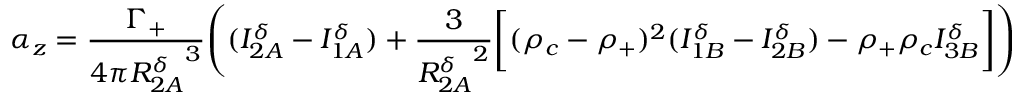
\alpha _ { z } = \frac { \Gamma _ { + } } { 4 \pi { R _ { 2 A } ^ { \delta } } ^ { 3 } } \Bigg ( ( I _ { 2 A } ^ { \delta } - I _ { 1 A } ^ { \delta } ) + \frac { 3 } { { R _ { 2 A } ^ { \delta } } ^ { 2 } } \bigg [ ( \rho _ { c } - \rho _ { + } ) ^ { 2 } ( I _ { 1 B } ^ { \delta } - I _ { 2 B } ^ { \delta } ) - \rho _ { + } \rho _ { c } I _ { 3 B } ^ { \delta } \bigg ] \Bigg )